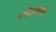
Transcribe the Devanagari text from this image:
प्रतिक्षाखोली